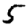
Digit: 5